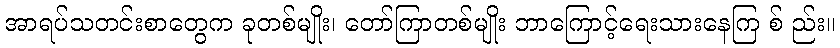
အာရပ်သတင်းစာတွေက ခုတစ်မျိုး၊ တော်ကြာတစ်မျိုး ဘာကြောင့်ရေးသားနေကြ စ် ည်း။